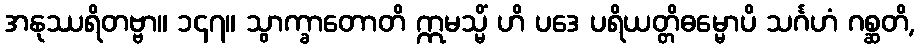
အနုဿရိတဗ္ဗာ။ ၁၄၇။ သွာက္ခာတောတိ ဣမသ္မိံ ဟိ ပဒေ ပရိယတ္တိဓမ္မောပိ သင်္ဂဟံ ဂစ္ဆတိ,